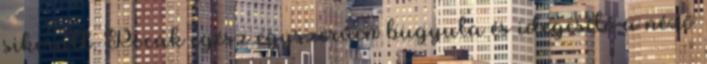
sikerült. Pocak egész egyszerűen bugyuta és idegesítő a néző